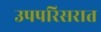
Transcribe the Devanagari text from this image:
उपपरिसरात